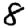
Digit: 8